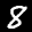
Label: 8